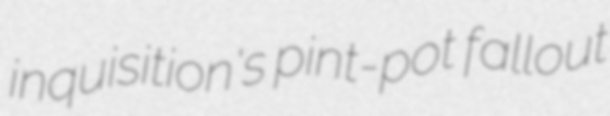
inquisition's pint-pot fallout